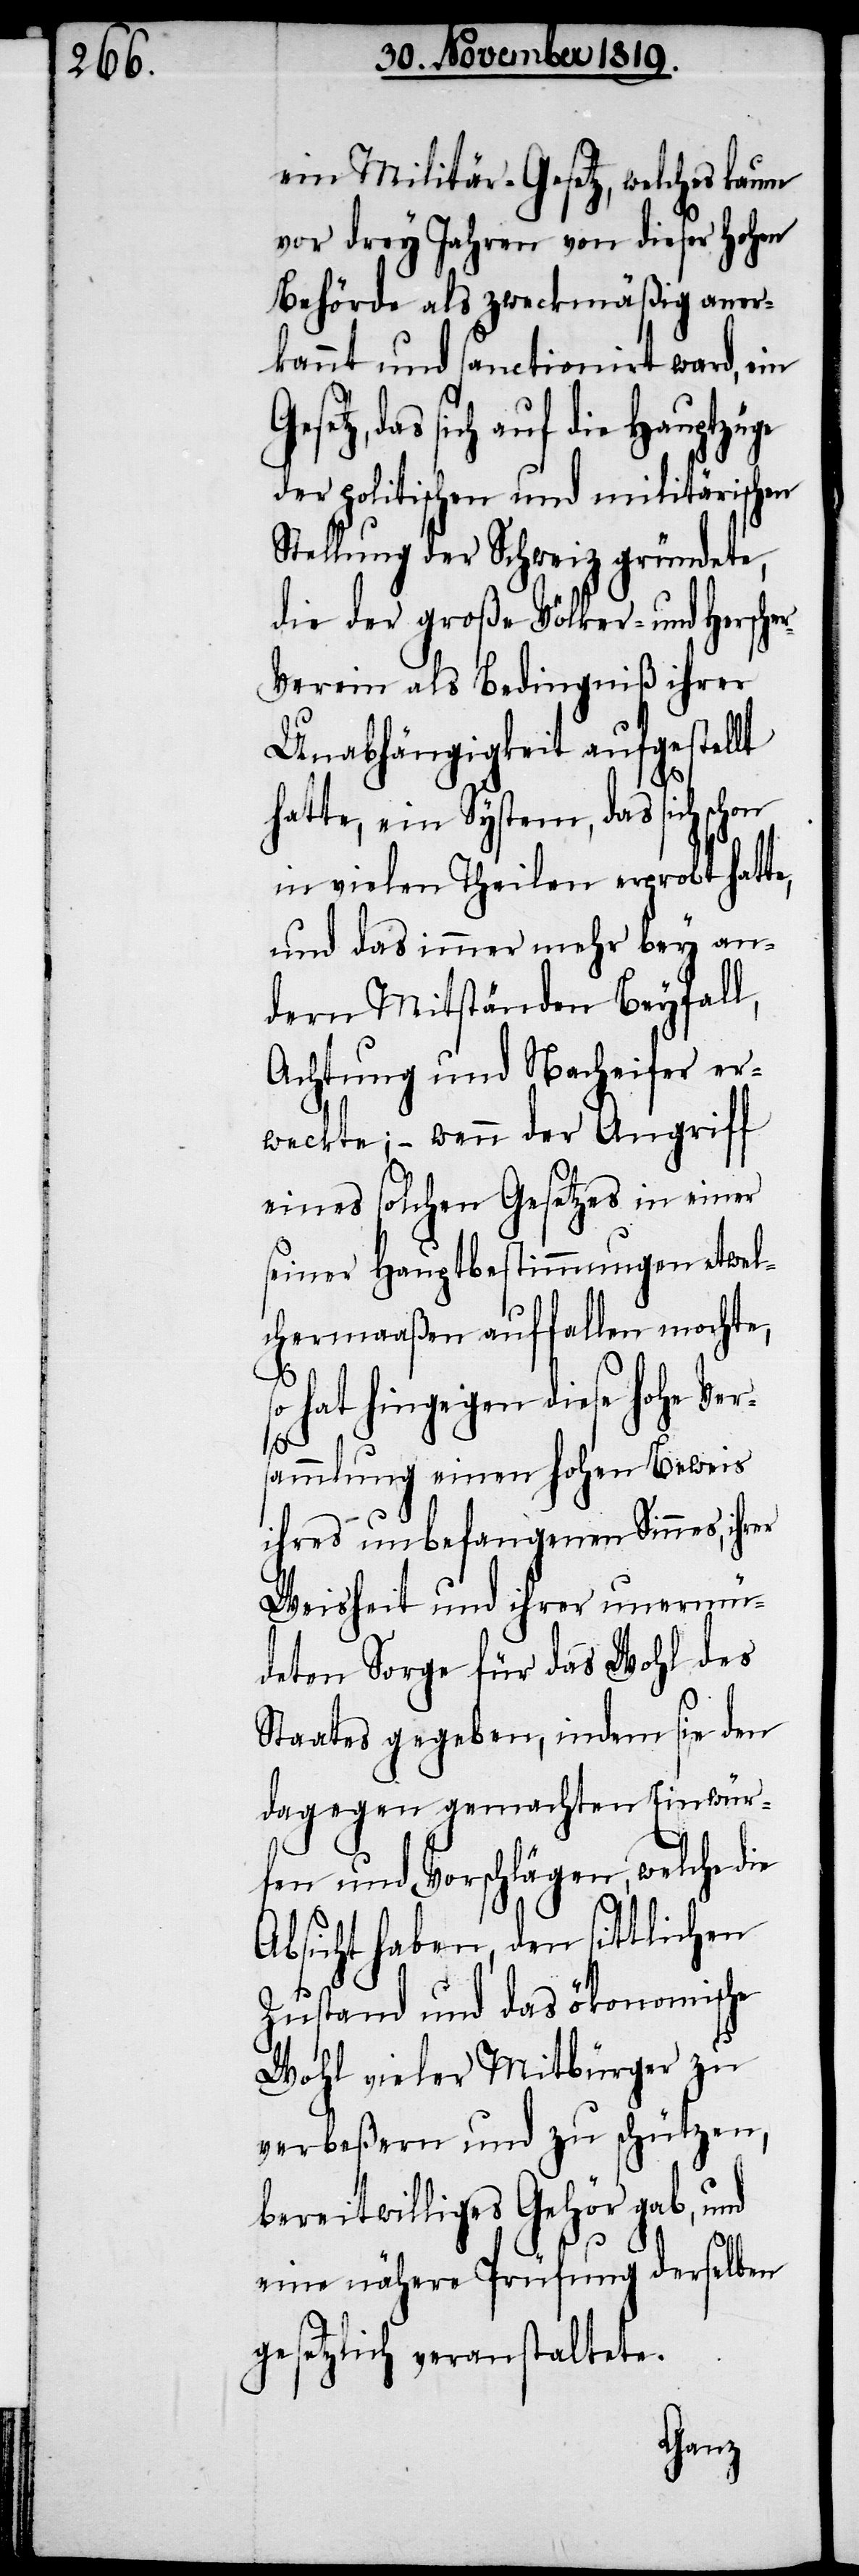
ein Militär-Gesetz, welches kaum
vor drey Jahren von dieser hohen
Behörde als zweckmäßig aner¬
kannt und sanctionirt ward, ein
Gesetz, das sich auf die
der politischen und militärischen
Stellung der Schweiz gründete,
die der große Völker- und Her[r]s¬
erein als Bedingniß ihrer
Unabhängigkeit aufgestellt
hatte, ein System, das sich
in vielen Theilen erprobt hatte,
und das immer mehr bey an¬
dern Mitständen Beyfall,
Achtung und Nacheifer er¬
weckte; – wenn der Angriff
eines solchen Gesetzes in einer
seiner Hauptbestimmungen etwel¬
chermaaßen auffallen mochte,
s¬
o hat hingegen diese hohe Vers¬
ammlung einen hohen Beweis
ihres unbefangenen Sinnes, ihrer
Weisheit und ihrer unermü¬
deten Sorge für das Wohl des
Staates gegeben, indem sie den
dagegen gemachten Einwür¬
fen und Vorschlägen, welche die
Absicht haben, den sittlichen
Zustand und das ökonomische
Wohl vieler Mitbürger zu
verbeßern und zu schützen,
bereitwilliges Gehör gab, und
eine nähere Prüfung derselben
gesetzlich veranstaltete.
cher-V¬